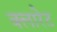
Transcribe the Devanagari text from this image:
क्लारेट